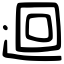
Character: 迴